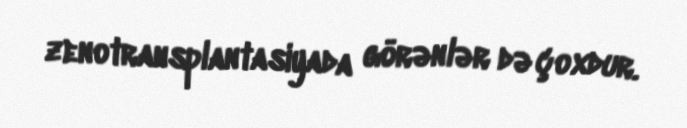
zenotransplantasiyada görənlər də çoxdur.